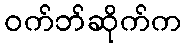
ဝက်ဘ်ဆိုက်က